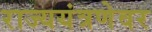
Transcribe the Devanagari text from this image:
राज्ययंत्रणेवर